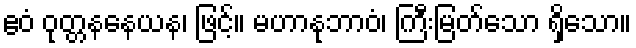
ဧဝံ ဝုတ္တနနေယန၊ ဖြင့်။ မဟာနုဘာဝံ၊ ကြီးမြတ်သော ရှိသော။